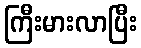
ကြီးမားလာပြီး